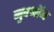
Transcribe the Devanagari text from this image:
मुवऑन